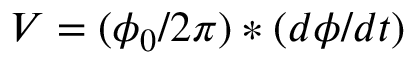
V = ( \phi _ { 0 } / 2 \pi ) * ( d \phi / d t )